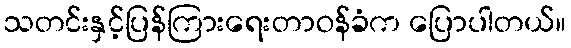
သတင်းနှင့်ပြန်ကြားရေးတာဝန်ခံက ပြောပါတယ်။